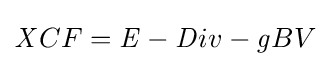
{\mathit {X}}CF={\mathit {E}}-{\mathit {D}}iv-{\mathit {g}}BV